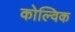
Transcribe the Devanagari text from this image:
कोल्विक